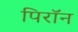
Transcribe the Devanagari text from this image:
पिरॉन